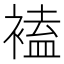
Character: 𧛾